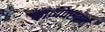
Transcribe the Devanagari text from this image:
काव्योत्सवात